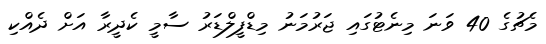
މެޗުގެ 40 ވަނަ މިނެޓުގައި ޖަރުމަނު މިޑްފީލްޑަރު ސާމީ ކެދީރާ އަށް ދެއްކި